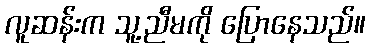
လူဆန်းက သူ့ညီမကို ပြောနေသည်။